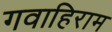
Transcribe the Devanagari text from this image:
गवाहिराम